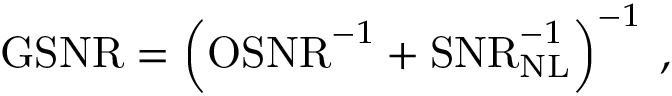
\mathrm { G S N R } = \left( \mathrm { O S N R } ^ { - 1 } + \mathrm { S N R } _ { \mathrm { N L } } ^ { - 1 } \right) ^ { - 1 } \: ,